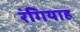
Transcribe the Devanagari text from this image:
रंगियाह